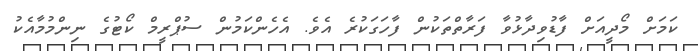
ކަމަށް މޯދީއަށް ފާޑުވިދާޅުވާ ފަރާތްތަކުން ފާހަގަކުރެ އެވެ. އެހެންކަމުން ސުޕްރީމް ކޯޓުގެ ނިންމުމާއެކު